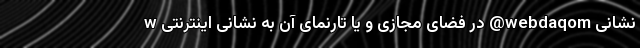
نشانی webdaqom@ در فضای مجازی و یا تارنمای آن به نشانی اینترنتی w